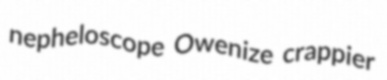
nepheloscope Owenize crappier